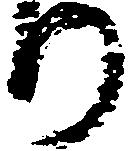
り